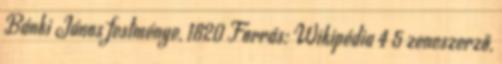
Bánki János festménye, 1820 Forrás: Wikipédia 4 5 zeneszerző,